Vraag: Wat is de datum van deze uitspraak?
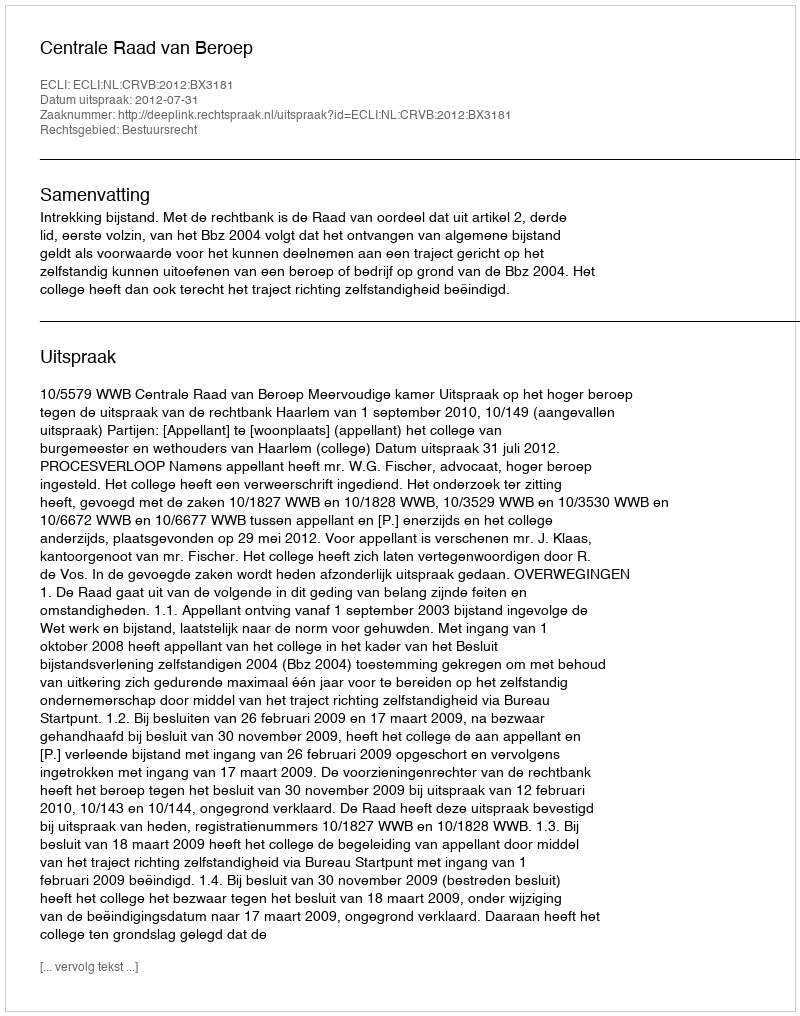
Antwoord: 2012-07-31